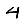
Digit: 4